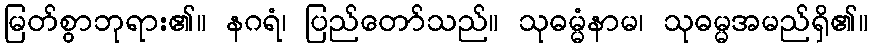
မြတ်စွာဘုရား၏။ နဂရံ၊ ပြည်တော်သည်။ သုဓမ္မံနာမ၊ သုဓမ္မအမည်ရှိ၏။